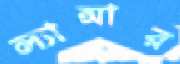
ল্যান্সার